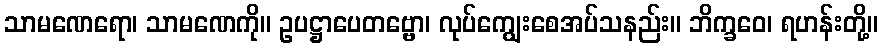
သာမဏေရော၊ သာမဏေကို။ ဥပဋ္ဌာပေတဗ္ဗော၊ လုပ်ကျွေးစေအပ်သနည်း။ ဘိက္ခဝေ၊ ရဟန်းတို့။